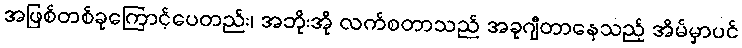
အဖြစ်တစ်ခုကြောင့်ပေတည်း၊ အဘိုးအို လက်စတာသည် အခုဂျီတာနေသည့် အိမ်မှာပင်